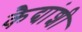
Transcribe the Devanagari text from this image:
कैद्यांशी